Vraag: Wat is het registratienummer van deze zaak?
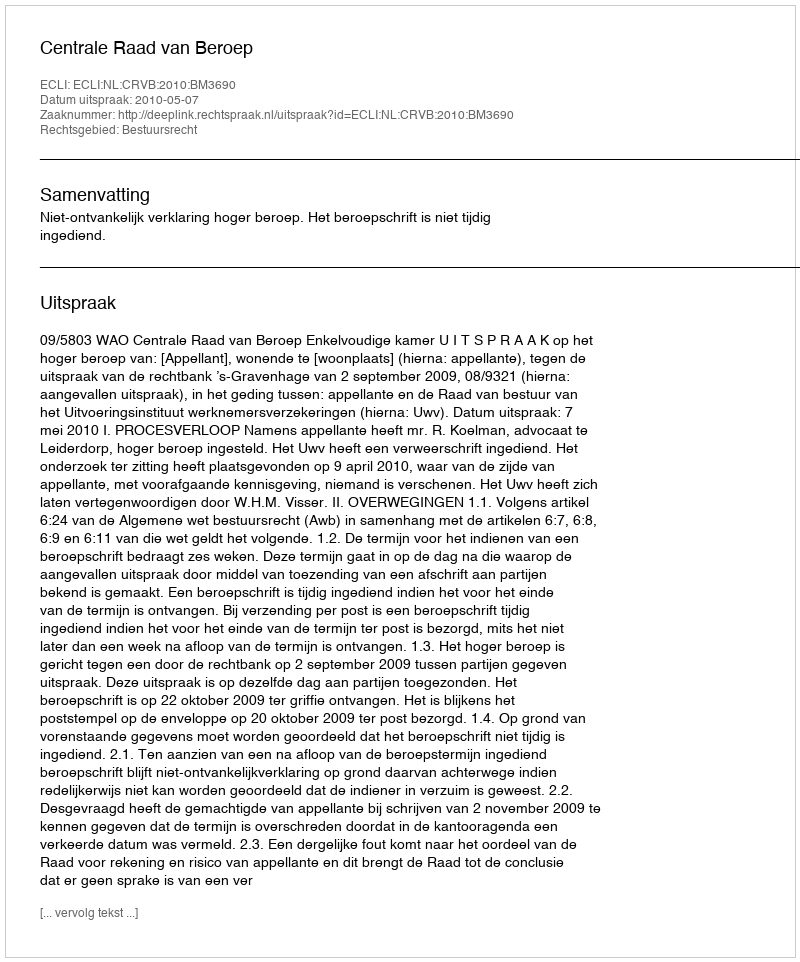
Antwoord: http://deeplink.rechtspraak.nl/uitspraak?id=ECLI:NL:CRVB:2010:BM3690